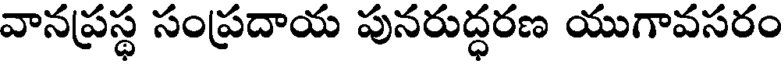
వానప్రస్థ సంప్రదాయ పునరుద్ధరణ యుగావసరం